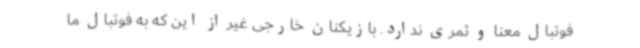
فوتبال معنا و ثمری ندارد. بازیکنان خارجی غیر از این که به فوتبال ما